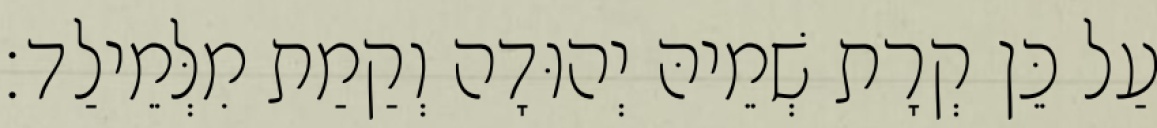
עַל כֵּן קְרָת שְׁמֵיהּ יְהוּדָה וְקַמַת מִלְּמֵילַד׃